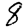
Digit: 8